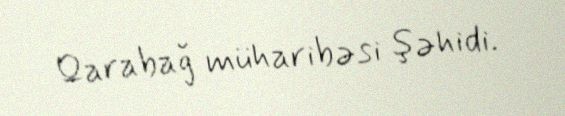
Qarabağ müharibəsi şəhidi.